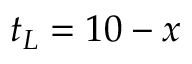
\, t _ { L } = 1 0 - x